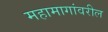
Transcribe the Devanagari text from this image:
महामागांवरील